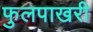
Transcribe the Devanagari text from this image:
फुलपाखरी